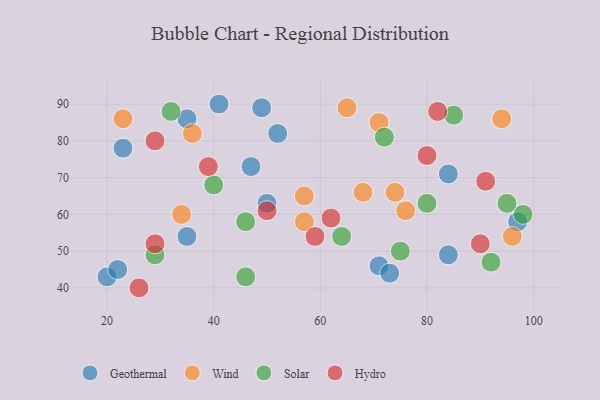
{"axis": {"x": "GDP", "y": "Life Expectancy"}, "legend": ["Geothermal", "Hydro", "Solar", "Wind"], "data": [{"x": "41", "y": 90, "type": "Geothermal"}, {"x": "20", "y": 43, "type": "Geothermal"}, {"x": "71", "y": 46, "type": "Geothermal"}, {"x": "50", "y": 63, "type": "Geothermal"}, {"x": "97", "y": 58, "type": "Geothermal"}, {"x": "47", "y": 73, "type": "Geothermal"}, {"x": "23", "y": 78, "type": "Geothermal"}, {"x": "35", "y": 54, "type": "Geothermal"}, {"x": "22", "y": 45, "type": "Geothermal"}, {"x": "52", "y": 82, "type": "Geothermal"}, {"x": "35", "y": 86, "type": "Geothermal"}, {"x": "73", "y": 44, "type": "Geothermal"}, {"x": "84", "y": 49, "type": "Geothermal"}, {"x": "84", "y": 71, "type": "Geothermal"}, {"x": "49", "y": 89, "type": "Geothermal"}, {"x": "68", "y": 66, "type": "Wind"}, {"x": "36", "y": 82, "type": "Wind"}, {"x": "96", "y": 54, "type": "Wind"}, {"x": "57", "y": 58, "type": "Wind"}, {"x": "76", "y": 61, "type": "Wind"}, {"x": "23", "y": 86, "type": "Wind"}, {"x": "71", "y": 85, "type": "Wind"}, {"x": "74", "y": 66, "type": "Wind"}, {"x": "34", "y": 60, "type": "Wind"}, {"x": "94", "y": 86, "type": "Wind"}, {"x": "65", "y": 89, "type": "Wind"}, {"x": "57", "y": 65, "type": "Wind"}, {"x": "64", "y": 54, "type": "Solar"}, {"x": "98", "y": 60, "type": "Solar"}, {"x": "80", "y": 63, "type": "Solar"}, {"x": "75", "y": 50, "type": "Solar"}, {"x": "72", "y": 81, "type": "Solar"}, {"x": "46", "y": 43, "type": "Solar"}, {"x": "46", "y": 58, "type": "Solar"}, {"x": "92", "y": 47, "type": "Solar"}, {"x": "40", "y": 68, "type": "Solar"}, {"x": "29", "y": 49, "type": "Solar"}, {"x": "32", "y": 88, "type": "Solar"}, {"x": "85", "y": 87, "type": "Solar"}, {"x": "95", "y": 63, "type": "Solar"}, {"x": "62", "y": 59, "type": "Hydro"}, {"x": "90", "y": 52, "type": "Hydro"}, {"x": "29", "y": 52, "type": "Hydro"}, {"x": "80", "y": 76, "type": "Hydro"}, {"x": "50", "y": 61, "type": "Hydro"}, {"x": "59", "y": 54, "type": "Hydro"}, {"x": "91", "y": 69, "type": "Hydro"}, {"x": "82", "y": 88, "type": "Hydro"}, {"x": "29", "y": 80, "type": "Hydro"}, {"x": "26", "y": 40, "type": "Hydro"}, {"x": "39", "y": 73, "type": "Hydro"}]}